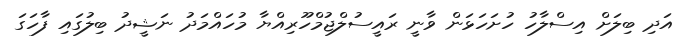
އަދި ބިލަށް އިސްލާހު ހުށަހަޅަން ވާނީ ރައީސުލްޖުމްހޫރިއްޔާ މުހައްމަދު ނަޝީދު ބިލުގައި ފާހަގަ